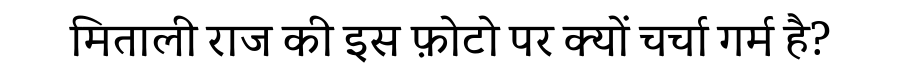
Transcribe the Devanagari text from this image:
मिताली राज की इस फ़ोटो पर क्यों चर्चा गर्म है?